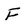
Character: F